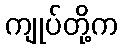
ကျုပ်တို့က